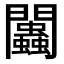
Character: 𨷷